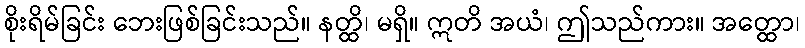
စိုးရိမ်ခြင်း ဘေးဖြစ်ခြင်းသည်။ နတ္ထိ၊ မရှိ။ ဣတိ အယံ၊ ဤသည်ကား။ အတ္ထော၊